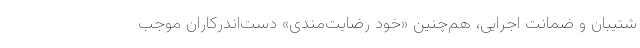
شتیبان و ضمانت اجرایی، هم‌چنین «خود رضایت‌مندی» دست‌اندرکاران موجب